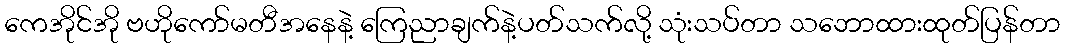
ကေအိုင်အို ဗဟိုကော်မတီအနေနဲ့ ကြေညာချက်နဲ့ပတ်သက်လို့ သုံးသပ်တာ သဘောထားထုတ်ပြန်တာ